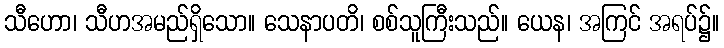
သီဟော၊ သီဟအမည်ရှိသော။ သေနာပတိ၊ စစ်သူကြီးသည်။ ယေန၊ အကြင် အရပ်၌။